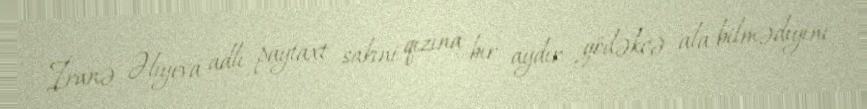
İranə Əliyeva adlı paytaxt sakini qızına bir aydır gödəkcə ala bilmədiyini